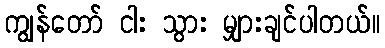
ကျွန်တော် ငါး သွား မျှားချင်ပါတယ်။